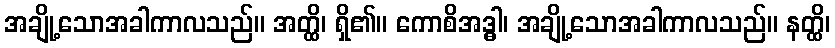
အချို့သောအခါကာလသည်။ အတ္ထိ၊ ရှိ၏။ ကောစိအဒ္ဓါ၊ အချို့သောအခါကာလသည်။ နတ္ထိ၊